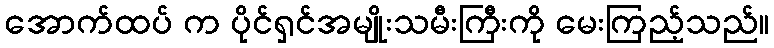
အောက်ထပ် က ပိုင်ရှင်အမျိုးသမီးကြီးကို မေးကြည့်သည်။